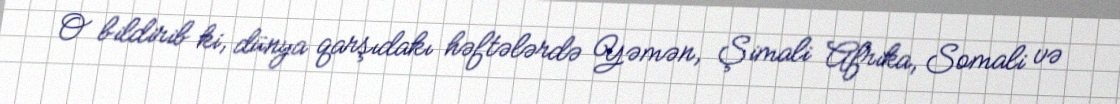
O bildirib ki, dünya qarşıdakı həftələrdə Yəmən, Şimali Afrika, Somali və